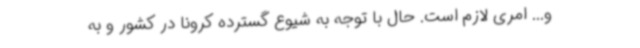
و... امری لازم است. حال با توجه به شیوع گسترده کرونا در کشور و به